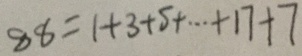
8 8 = 1 + 3 + 5 + \cdots + 1 7 + 7